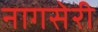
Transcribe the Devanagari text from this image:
नागसेरी